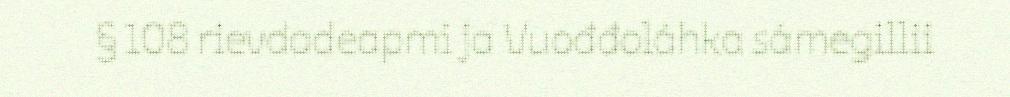
§ 108 rievdadeapmi ja Vuođđoláhka sámegillii